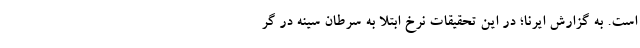
است. به گزارش ایرنا؛ در این تحقیقات نرخ ابتلا به سرطان سینه در گر